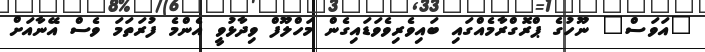
"އަވަސް" ނޫހުގެ ޕްރޮގްރާމެއްގައި ބައިވެރިވެވަޑައިގެން މަހްލޫފް ވިދާޅުވީ އެންމެ ފުރަތަމަ ވެސް އޭނާއަށް